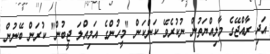
އަދި ރާއްޖޭގެ މާލިއްޔަތުން ނުކުރެވޭ ކަންކަން "މީހުންގެ އަމިއްލަ ޖީބުން" ކުރަން ބޭނުން